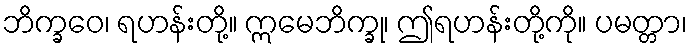
ဘိက္ခဝေ၊ ရဟန်းတို့။ ဣမေဘိက္ခု၊ ဤရဟန်းတို့ကို။ ပမတ္တာ၊